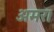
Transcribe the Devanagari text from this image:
अमर।